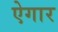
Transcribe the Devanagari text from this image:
ऐगार